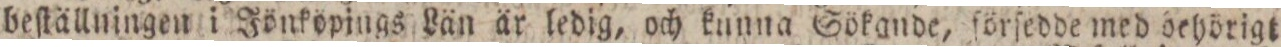
beſtällningen i Jönköpings Län är ledig, och kunna Sökande, förſedde med behörigt